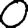
Digit: 0